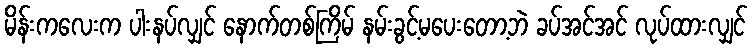
မိန်းကလေးက ပါးနပ်လျှင် နောက်တစ်ကြိမ် နမ်းခွင့်မပေးတော့ဘဲ ခပ်အင်အင် လုပ်ထားလျှင်